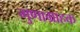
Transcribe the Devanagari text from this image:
गुणाग्राहक